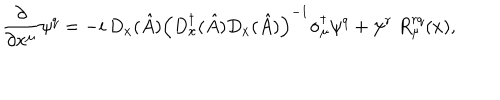
LaTeX: \frac { \partial } { \partial x ^ { \mu } } \psi ^ { q } = - i \, D _ { x } ( \hat { A } ) \left( D _ { x } ^ { \dagger } ( \hat { A } ) D _ { x } ( \hat { A } ) \right) ^ { - 1 } \sigma _ { \mu } ^ { \dagger } \psi ^ { q } + \psi ^ { r } ~ R _ { \mu } ^ { r q } ( x ) ,